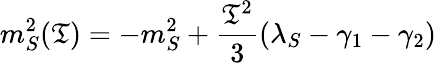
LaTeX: m_{S}^{2}(\mathfrak{T})=-m_{S}^{2}+{\frac{{\mathfrak{T}^{2}}}{{3}}}(\lambda_{S}-\gamma_{1}-\gamma_{2})